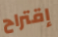
إقتراح